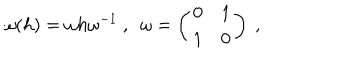
\omega ( h ) = \omega h \omega ^ { - 1 } ~ , ~ ~ \omega = \left( \begin{array} { c c } { { 0 } } & { { 1 } } \\ { { 1 } } & { { 0 } } \\ \end{array} \right) ~ ,